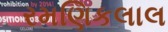
રમણિકલાલ